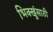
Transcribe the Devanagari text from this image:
भिक्खुंसाठी